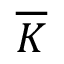
\overline { { K } }